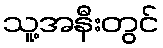
သူ့အနီးတွင်